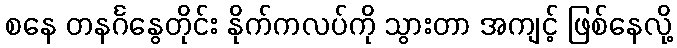
စနေ တနင်္ဂနွေတိုင်း နိုက်ကလပ်ကို သွားတာ အကျင့် ဖြစ်နေလို့